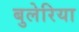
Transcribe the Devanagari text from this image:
बुलेरिया